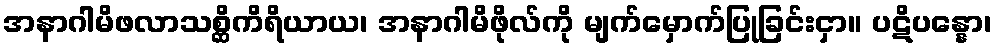
အနာဂါမိဖလာသစ္ဆိကိရိယာယ၊ အနာဂါမိဖိုလ်ကို မျက်မှောက်ပြုခြင်းငှာ။ ပဋိပန္နော၊